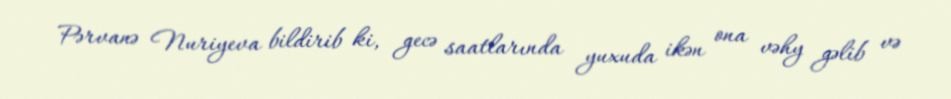
Pərvanə Nuriyeva bildirib ki, gecə saatlarında yuxuda ikən ona vəhy gəlib və